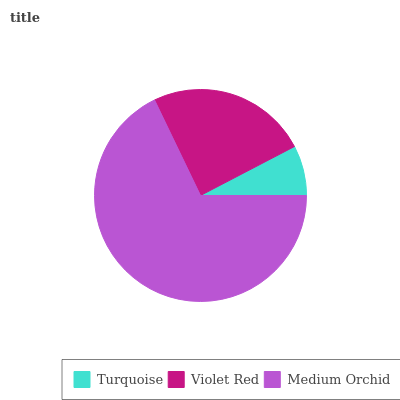
| Turquoise | Violet Red | Medium Orchid |
 | --- | --- | --- |
 | 7.64% | 24.5% | 67.8% |